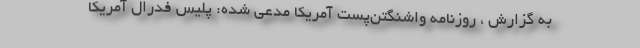
به گزارش ، روزنامه واشنگتن‌پست آمریکا مدعی شده: پلیس فدرال آمریکا